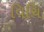
વિચિ